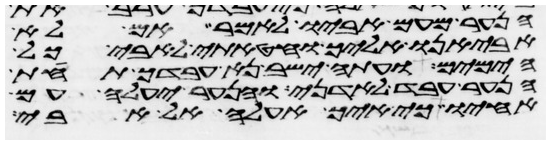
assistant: הנער מעם אביו לאמר אם לא
אביאנו אליך וחטאתי לאבי כל
הימים ועתה ישב נא עבדך תחת
הנער עבד לאדני והנער יעלה עם
אחיו כי איך אעלה אל אבי